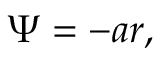
\Psi = - a r ,